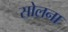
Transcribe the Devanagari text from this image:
सोलना